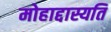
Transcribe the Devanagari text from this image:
मोहाद्दास्यति